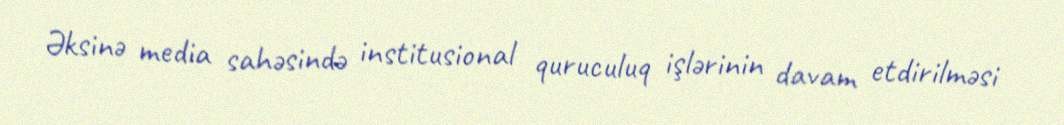
Əksinə media sahəsində institusional quruculuq işlərinin davam etdirilməsi